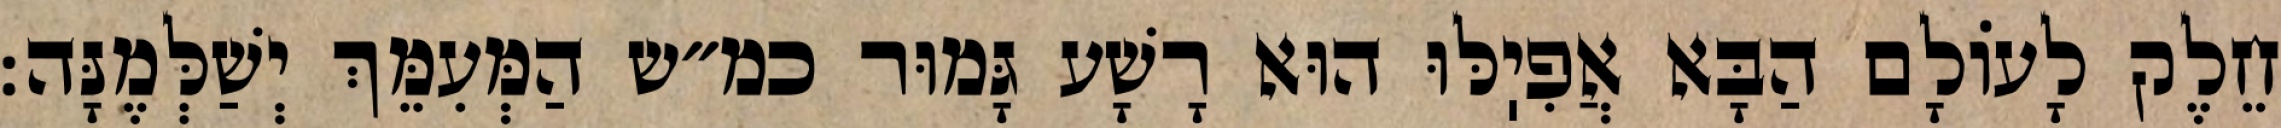
חֵלֶק לָעוֹלָם הַבָּא אֲפִיֽלּוּ הוּא רָשָׁע גָּמוּר כמ״ש הַמְּעִמֵּךְ יְשַׁלְּמֶנָּה: